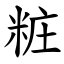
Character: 粧